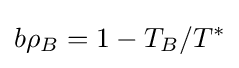
b\rho _{B}=1-T_{B}/T^{*}